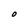
Character: 0